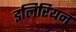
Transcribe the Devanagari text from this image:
इलिरियन